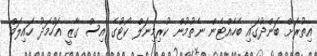
އިތުރަށް ބަންދުގައި ބެހެއްޓެން ނެތުމުން ކުރިމިނަލް ކޯޓުގެ އިސް ގާޒީ އަހުމަދު ހައިލަމް